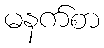
မနက်စာ